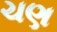
ચણ